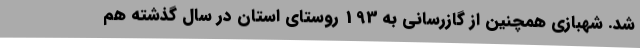
شد. شهبازی همچنین از گازرسانی به 193 روستای استان در سال گذشته هم